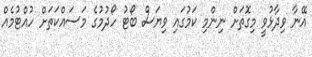
އޭނާ ވިދާޅުވީ މިގޮތަށް ނިންމި ކަމުގައި ވިޔަސް ބޯޓު ހޯދުމުގެ މަސައްކަތަށް ހުއްޓުމެއް